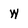
Character: w